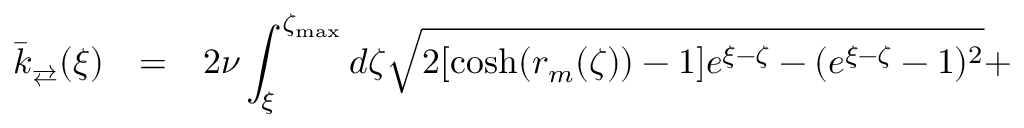
\begin{array} { r l l } { \bar { k } _ { \rightleftarrows } ( \xi ) } & { = } & { \displaystyle 2 \nu \int _ { \xi } ^ { \zeta _ { \operatorname* { m a x } } } d \zeta \sqrt { 2 [ \cosh ( r _ { m } ( \zeta ) ) - 1 ] e ^ { \xi - \zeta } - ( e ^ { \xi - \zeta } - 1 ) ^ { 2 } } + \medskip } \end{array}